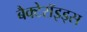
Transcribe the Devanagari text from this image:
बैक्टेरॉइड्स